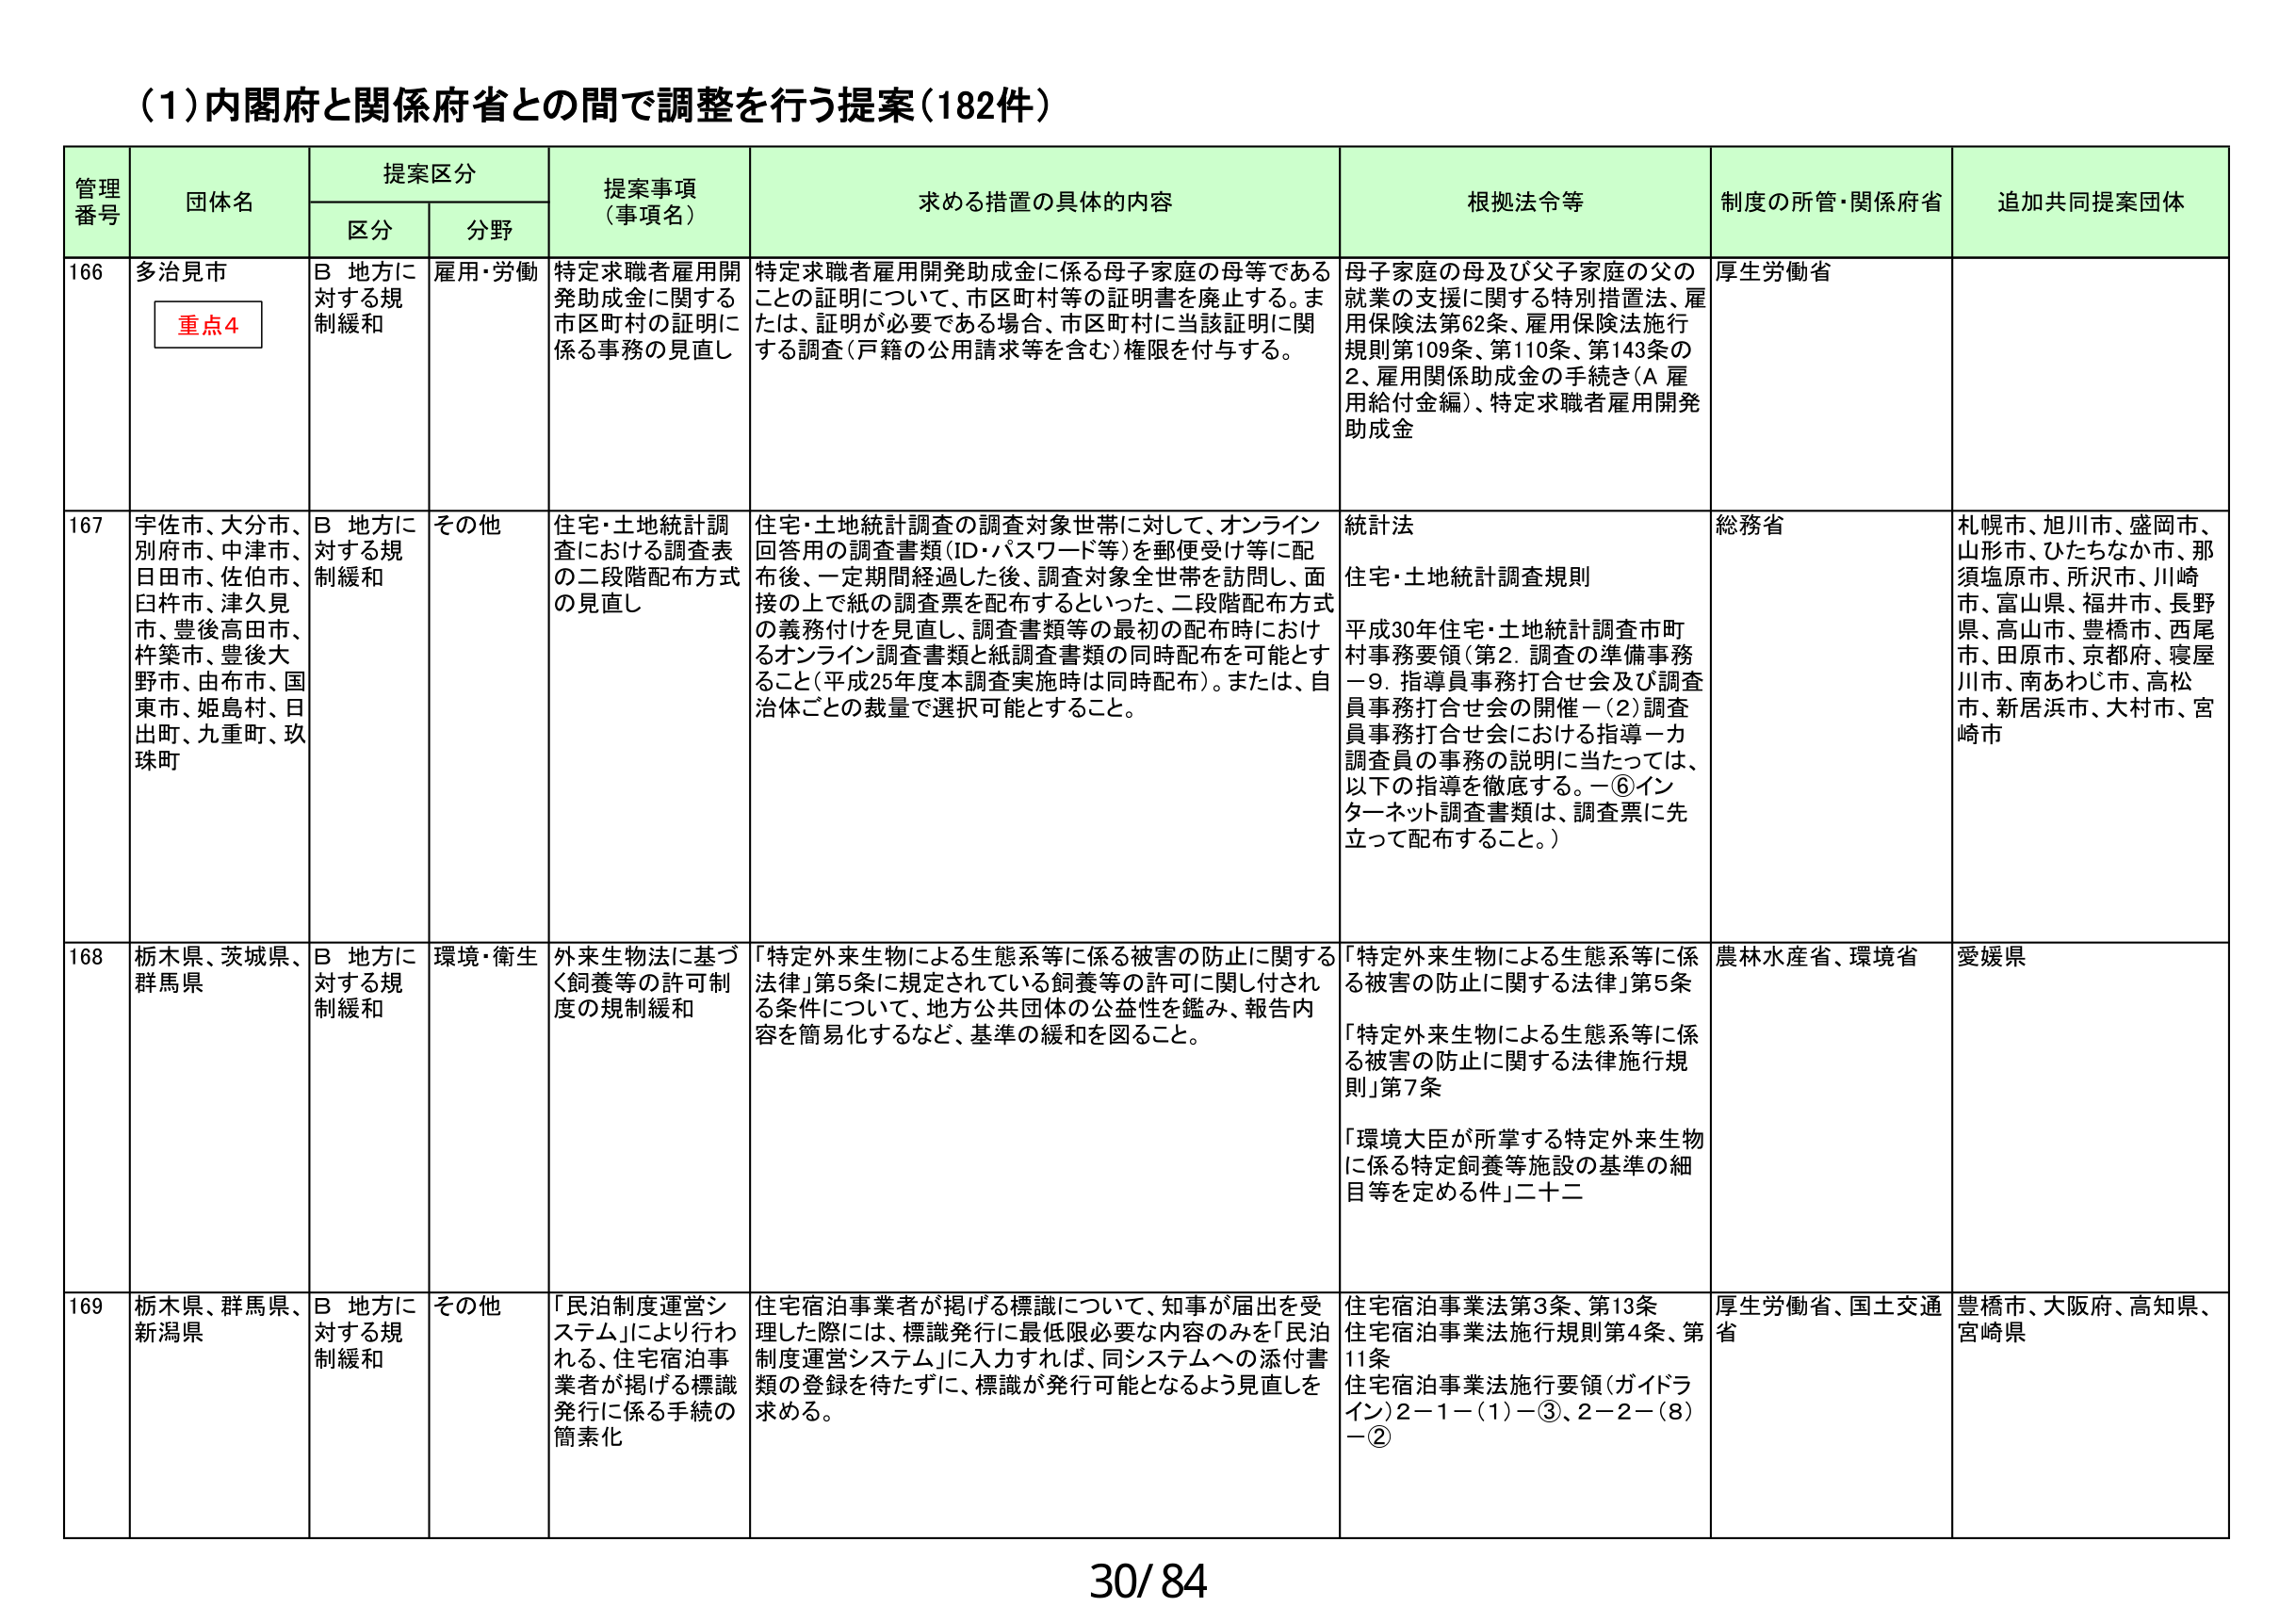
(1)内閣府と関係府省との間で調整を行う提案(182件)

管理番号 団体名 提案区分 提案事項（事項名） 求める措置の具体的内容 根拠法令等 制度の所管・関係府省 追加共同提案団体
区分 分野

166 多治見市 重点4 B 地方に対する規制緩和 雇用・労働 特定求職者雇用開発助成金に関する市区町村の証明に係る事務の見直し 特定求職者雇用開発助成金に係る母子家庭の母等であることの証明について、市区町村等の証明書を廃止する。または、証明が必要である場合、市区町村に当該証明に関する調査（戸籍の公用請求等を含む）権限を付与する。 母子家庭の母及び父子家庭の父の就業の支援に関する特別措置法、雇用保険法第62条、雇用保険法施行規則第109条、第110条、第143条の2、雇用関係助成金の手続き（A雇用給付金編）、特定求職者雇用開発助成金 厚生労働省

167 宇佐市、大分市、別府市、中津市、日田市、佐伯市、臼杵市、津久見市、豊後高田市、杵築市、豊後大野市、由布市、国東市、姫島村、日出町、九重町、玖珠町 B 地方に対する規制緩和 その他 住宅・土地統計調査における調査表の二段階配布方式の見直し 住宅・土地統計調査の調査対象世帯に対して、オンライン回答用の調査書類（ID・パスワード等）を郵便受け等に配布後、一定期間経過した後、調査対象全世帯を訪問し、面接の上で紙の調査票を配布するといった、二段階配布方式の義務付を見直し、調査書類等の最初の配布時におけるオンライン調査書類と紙調査書類の同時配布を可能とすること（平成25年度本調査実施時は同時配布）。または、自治体ごとの裁量で選択可能とすること。 統計法 住宅・土地統計調査規則 平成30年住宅・土地統計調査市町村事務要領（第2.調査の準備事務－9.指導員事務打合せ会及び調査員事務打合せ会の開催－（2）調査員事務打合せ会における指導－力調査員の事務の説明に当たっては、以下の指導を徹底する。－⑥インターネット調査書類は、調査票に先立って配布すること。） 総務省 札幌市、旭川市、盛岡市、山形市、ひたちなか市、那須塩原市、所沢市、川崎市、富山県、福井市、長野県、高山市、豊橋市、西尾市、田原市、京都府、寝屋川市、南あわじ市、高松市、新居浜市、大村市、宮崎市

168 栃木県、茨城県、群馬県 B 地方に対する規制緩和 環境・衛生 外来生物法に基づく飼養等の許可制度の規制緩和 「特定外来生物による生態系等に係る被害の防止に関する法律」第5条に規定されている飼養等の許可に関し付される条件について、地方公共団体の公益性を鑑み、報告内容を簡易化するなど、基準の緩和を図ること。 「特定外来生物による生態系等に係る被害の防止に関する法律」第5条 「特定外来生物による生態系等に係る被害の防止に関する法律施行規則」第7条 「環境大臣が所掌する特定外来生物に係る特定飼養等施設の基準の細目等を定める件」二十二 農林水産省、環境省 愛媛県

169 栃木県、群馬県、新潟県 B 地方に対する規制緩和 その他 「民泊制度運営システム」により行われる、住宅宿泊事業者が掲げる標識発行に係る手続の簡素化 住宅宿泊事業者が掲げる標識について、知事が届出を受理した際には、標識発行に最低限必要な内容のみを「民泊制度運営システム」に入力すれば、同システムへの添付書類の登録を待たずに、標識が発行可能となるよう見直しを求める。 住宅宿泊事業法第3条、第13条 住宅宿泊事業法施行規則第4条、第11条 住宅宿泊事業法施行要領（ガイドライン）2－1－（1）－③、2－2－（8）－② 厚生労働省、国土交通省 豊橋市、大阪府、高知県、宮崎県

30/84